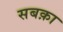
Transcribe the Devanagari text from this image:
सबक़ा